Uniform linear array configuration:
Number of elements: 64
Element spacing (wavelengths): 0.5
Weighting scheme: exponential
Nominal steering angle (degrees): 60
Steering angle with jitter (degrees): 61.287
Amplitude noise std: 0.05
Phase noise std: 0.05

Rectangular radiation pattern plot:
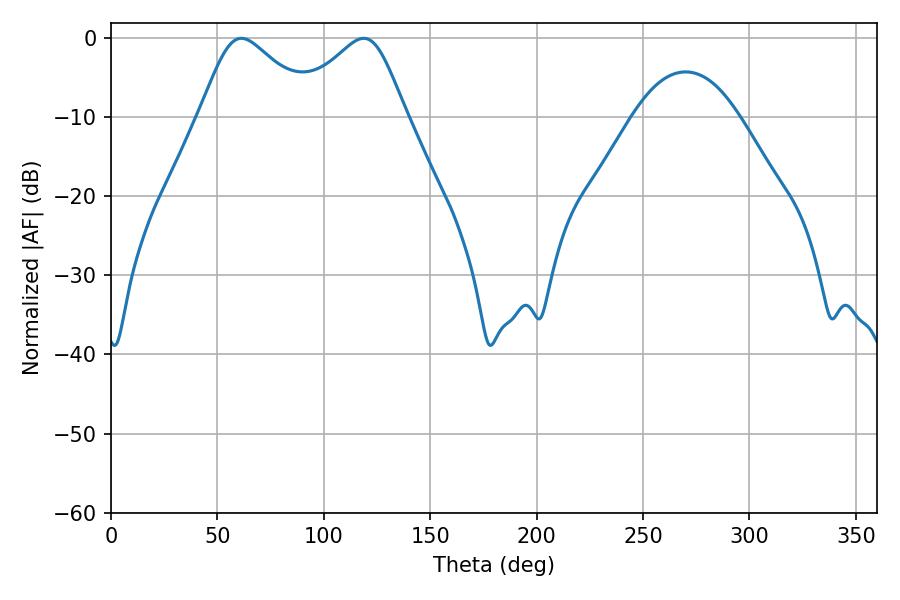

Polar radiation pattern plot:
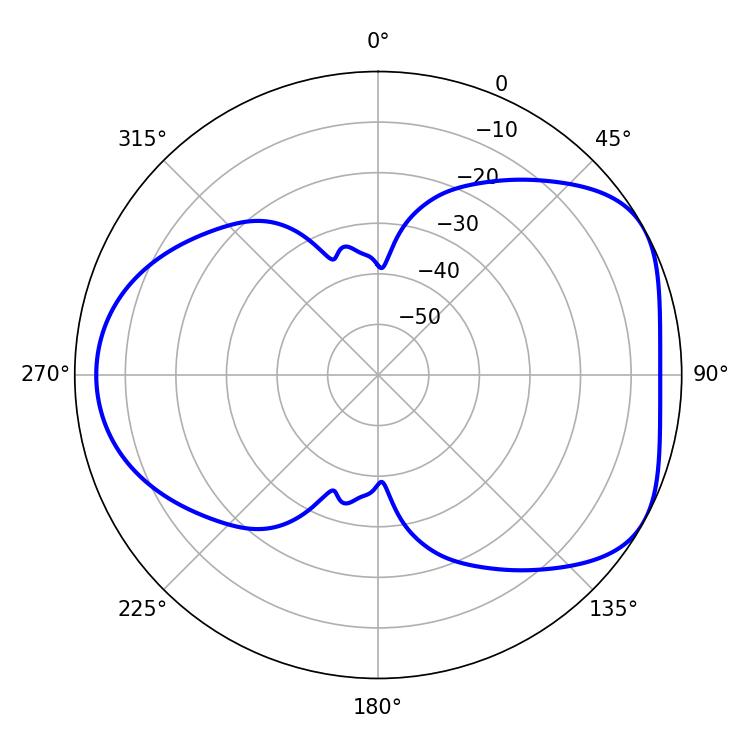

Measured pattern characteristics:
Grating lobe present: FALSE
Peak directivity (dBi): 4.832
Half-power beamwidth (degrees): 26.64
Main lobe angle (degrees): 61.2